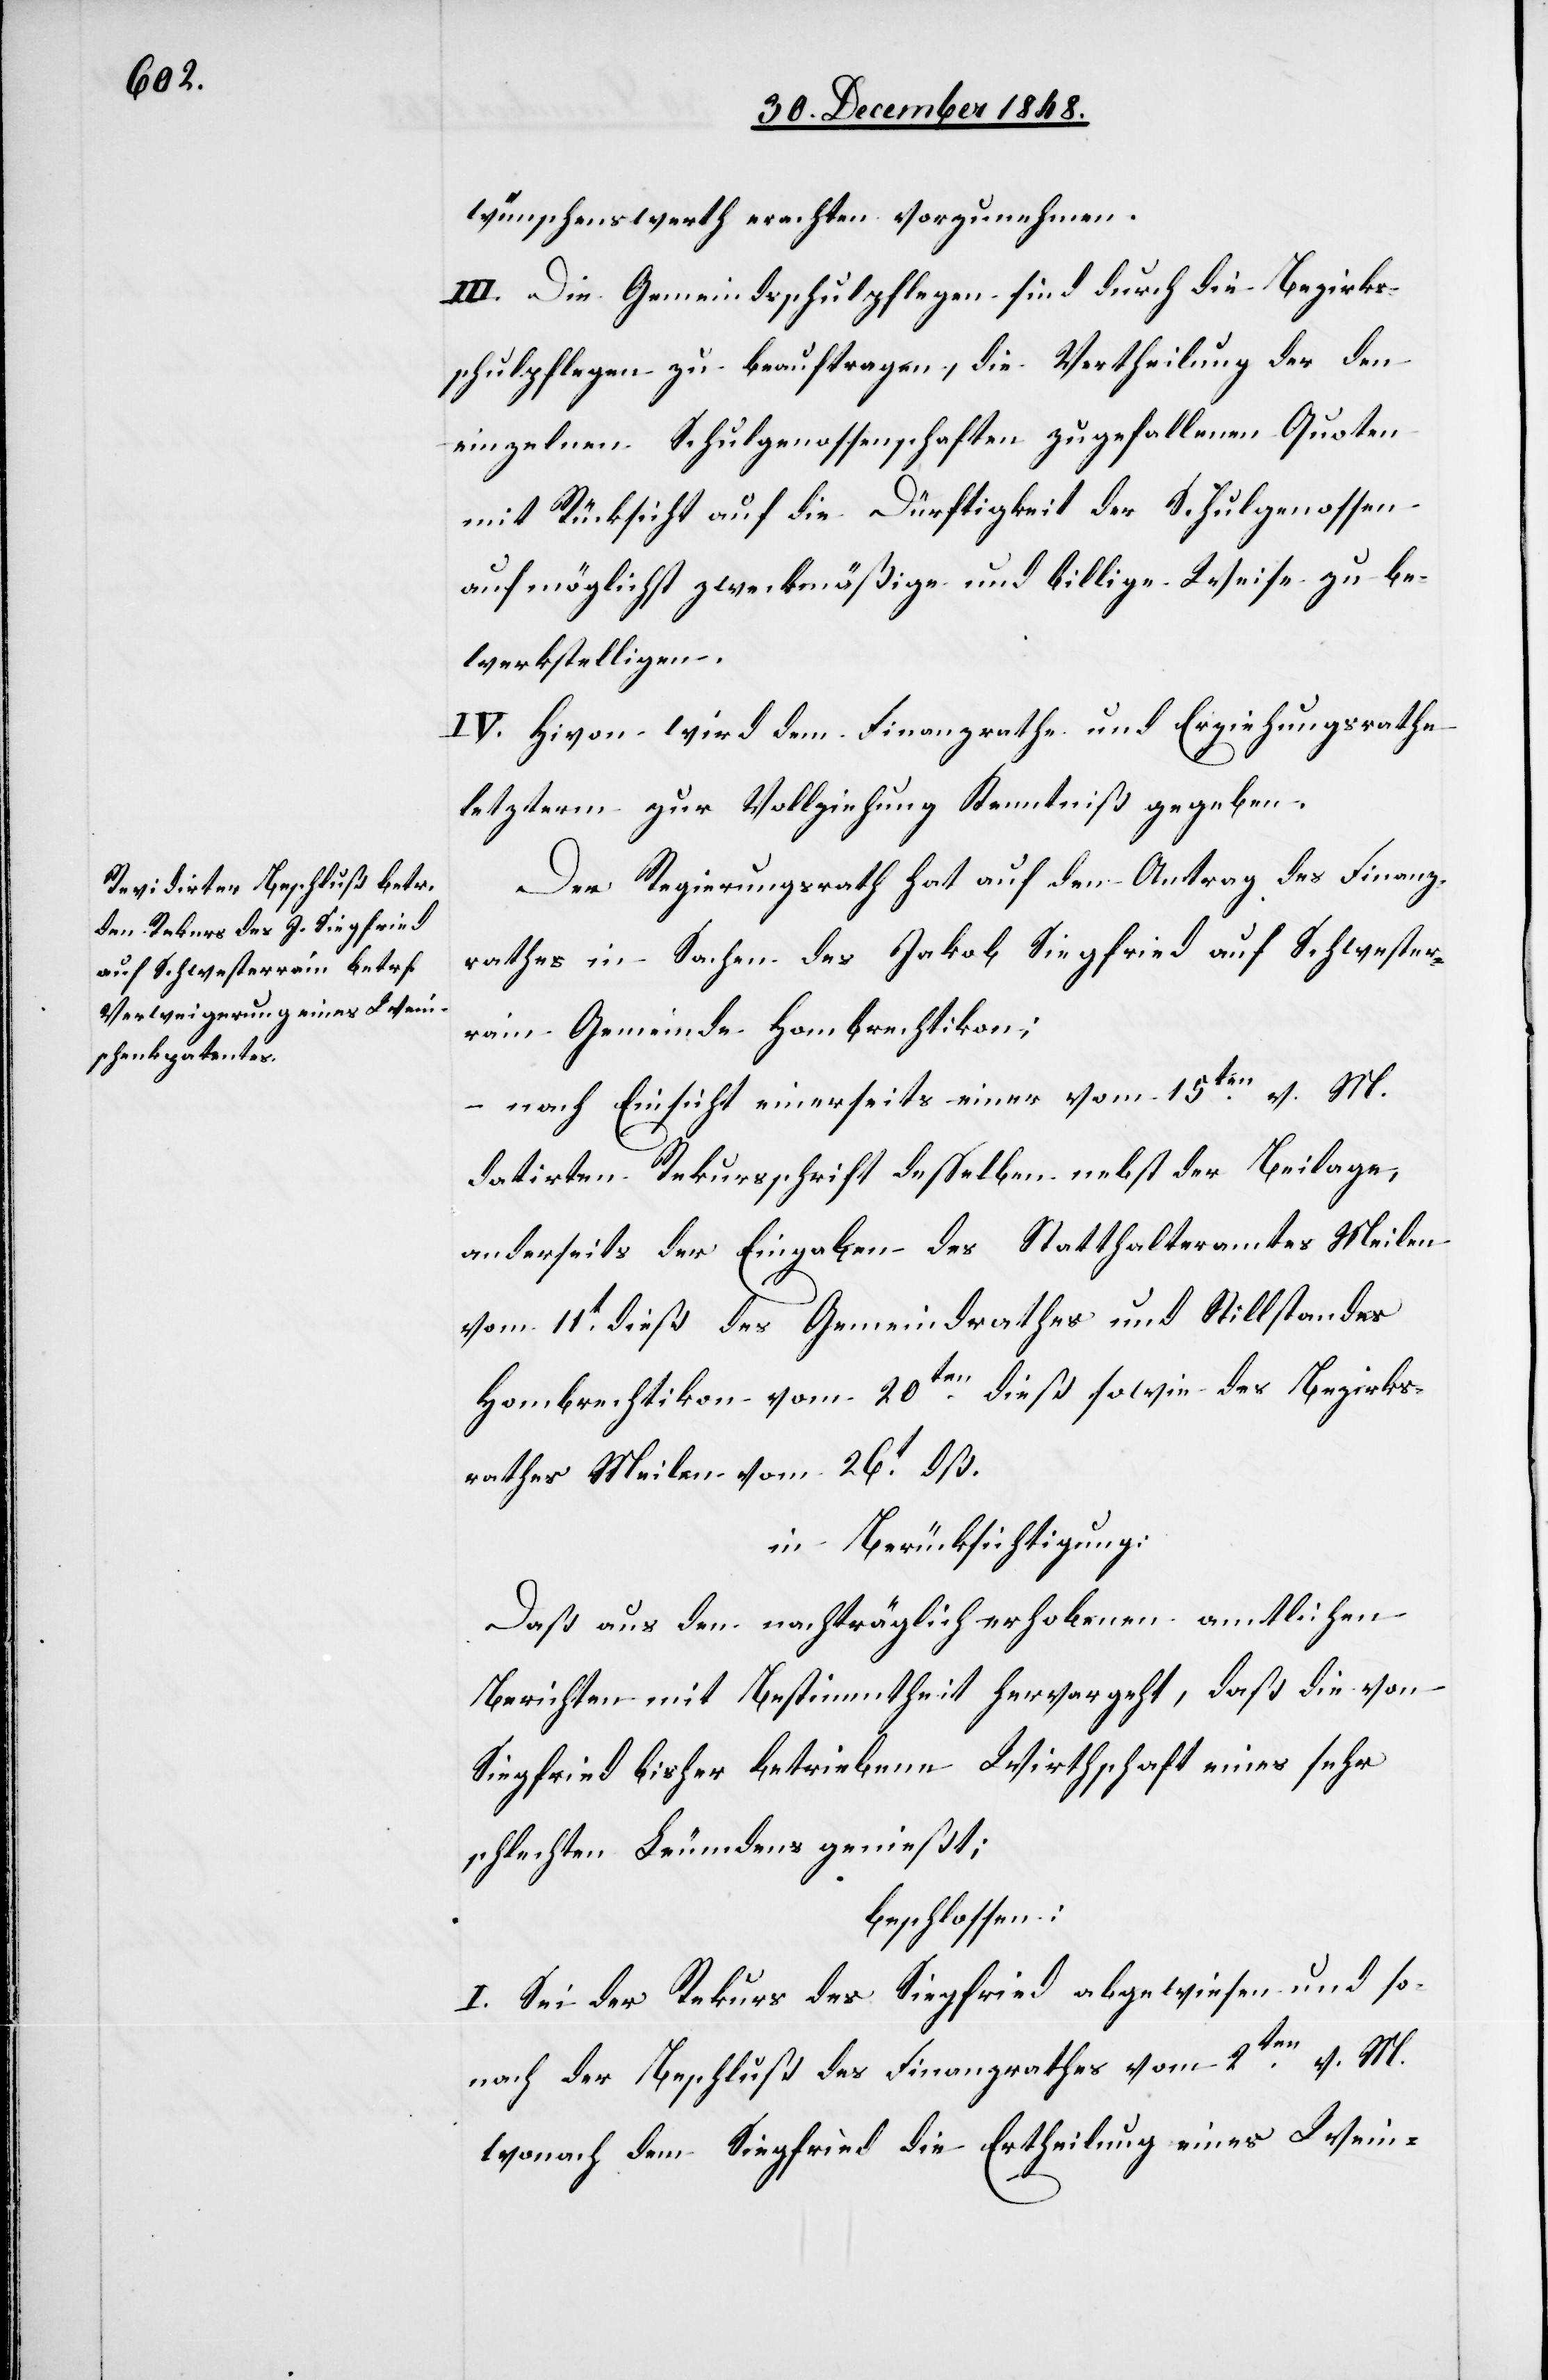
wünschenswerth erachten vorzunehmen.
III. Die Gemeindsschulpflegen sind durch die Bezirks¬
schulpflegen zu beauftragen, die Vertheilung der den
einzelnen Schulgenossenschaften zugefallenen Quoten
mit Rücksicht auf die Dürftigkeit der Schulgenossen
auf möglichst zweckmäßige und billige Weise zu be¬
werkstelligen.
IV. Hivon wird dem Finanzrathe und Erziehungsrathe
letzterm zur Vollziehung Kenntniß gegeben.
Der Regierungsrath hat auf den Antrag des Finanz¬
rathes in Sachen des Jakob Siegfried auf Schwester¬
rein Gemeinde Hombrechtikon:
– nach Einsicht einerseits einer vom 15ten v. M.
datirten Rekursschrift desselben nebst der Beilage,
anderseits der Eingaben des Statthalteramtes Meilen
vom 11t dieß des Gemeindrathes und Stillstandes
Hombrechtikon vom 20ten dieß sowie des Bezirks¬
rathes Meilen vom 26t dß.
in Berücksichtigung:
Daß aus den nachträglich erhobenen amtlichen
Berichten mit Bestimmtheit hervorgeht, das die von
Siegfried bisher betriebene Wirthschaft eines sehr
schlechten Leumdens genießt;
beschlossen:
I. Sei der Rekurs des Siegfried abgewiesen und so¬
nach der Beschluß des Finanzrathes vom 2ten v. M.
wonach dem Siegfried die Ertheilung eines Wein-